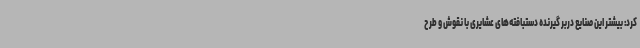
کرد: بیشتر این صنایع دربر گیرنده دستبافته‌های عشایری با نقوش و طرح